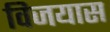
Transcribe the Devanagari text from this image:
विजयास